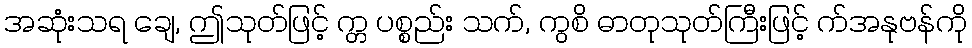
အဆုံးသရ ချေ, ဤသုတ်ဖြင့် က္တ ပစ္စည်း သက်, ကွစိ ဓာတုသုတ်ကြီးဖြင့် က်အနုဗန်ကို